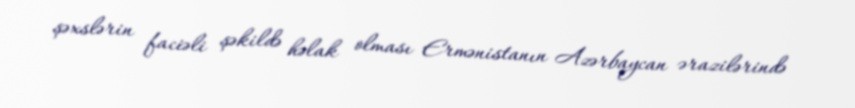
şəxslərin faciəli şəkildə həlak olması Ermənistanın Azərbaycan ərazilərində